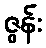
ဇွန်း